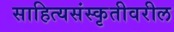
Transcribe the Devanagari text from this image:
साहित्यसंस्कृतीवरील